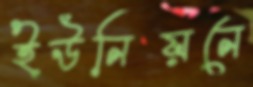
ইউনিয়নে